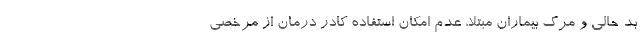
بد حالی و مرگ بیماران مبتلا، عدم امکان استفاده کادر درمان از مرخصی